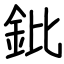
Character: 鈚